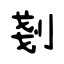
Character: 剗